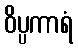
ဝိပ္ပကာရံ